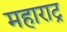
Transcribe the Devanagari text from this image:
महाराट्र